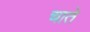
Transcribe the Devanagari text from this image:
चाते